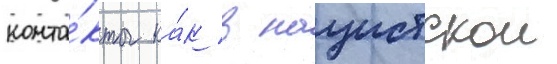
конта́кты ка́к в нацистскои